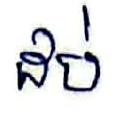
ដប់